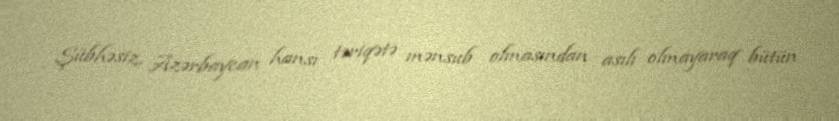
Şübhəsiz, Azərbaycan hansı təriqətə mənsub olmasından asılı olmayaraq bütün